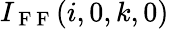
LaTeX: I_{\mathrm{~F~F~}}(i,0,k,0)